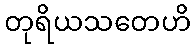
တုရိယသတေဟိ